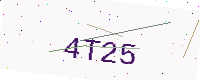
Text: 4T25